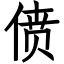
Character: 偾